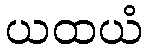
ယထယံ